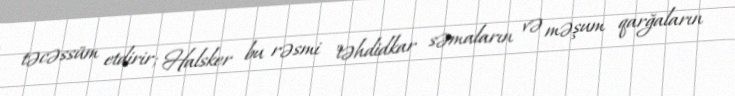
təcəssüm etdirir; Halsker bu rəsmi "təhdidkar səmaların və məşum qarğaların